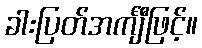
ခါးပြတ်အင်္ကျီဖြင့်။